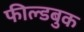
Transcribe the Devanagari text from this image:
फील्डबुक